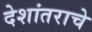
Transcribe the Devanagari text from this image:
देशांतराचे